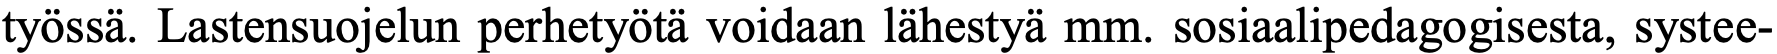
työssä. Lastensuojelun perhetyötä voidaan lähestyä mm. sosiaalipedagogisesta, systee-